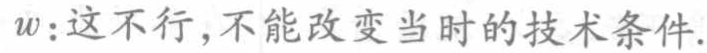
$w\colon 这不行,不能改变当时的技术条件.$